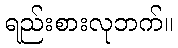
ရည်းစားလုဘက်။